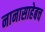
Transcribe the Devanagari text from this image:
नानासाहेबच